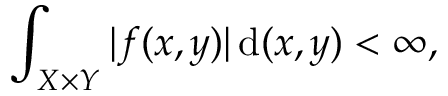
\int _ { X \times Y } | f ( x , y ) | \, { \mathrm { d } } ( x , y ) < \infty ,